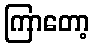
ကြာတော့